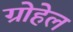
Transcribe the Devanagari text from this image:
ग्रोहेल